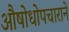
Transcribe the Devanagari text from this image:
औषोधोपचाराने